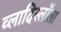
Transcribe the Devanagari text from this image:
व्लादिस्लॉला